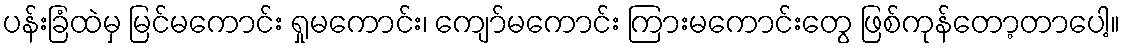
ပန်းခြံထဲမှ မြင်မကောင်း ရှုမကောင်း၊ ကျော်မကောင်း ကြားမကောင်းတွေ ဖြစ်ကုန်တော့တာပေါ့။